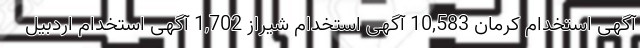
آگهی استخدام کرمان 10,583 آگهی استخدام شیراز 1,702 آگهی استخدام اردبیل